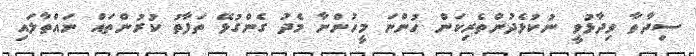
ސިދާތާ ވިދާޅުވީ ނުކުޅެދުންތެރިކަން ހުންނަ މީހުންނާ މެދު ގެންގުޅޭ ތަފާތު ކުރުންތައް ނައްތާލައި